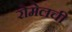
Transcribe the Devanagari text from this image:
रोमेलची